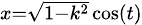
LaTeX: \scriptstyle{x={\sqrt{1-k^{2}}}\cos(t)}